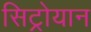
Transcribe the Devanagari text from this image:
सिट्रोयान